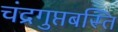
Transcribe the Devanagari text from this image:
चंद्रगुप्तबस्ति